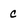
Character: c